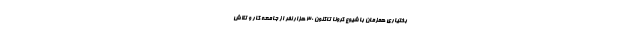
بختیاری همزمان با شیوع کرونا تاکنون ۳۰ هزار نفر از جامعه کار و تلاش